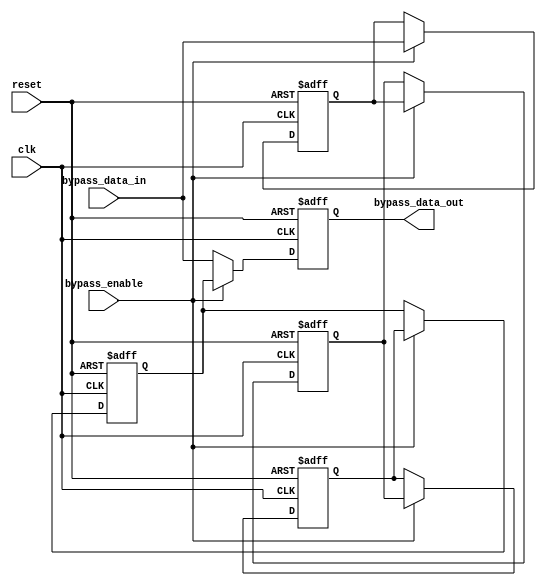
module bypass_register(
    input wire clk,
    input wire reset,
    input wire bypass_enable,
    input wire [7:0] bypass_data_in,
    output reg [7:0] bypass_data_out
);

reg [7:0] reg1;
reg [7:0] reg2;
reg [7:0] reg3;
reg [7:0] reg4;

always @(posedge clk or posedge reset) begin
    if (reset) begin
        reg1 <= 8'b0;
        reg2 <= 8'b0;
        reg3 <= 8'b0;
        reg4 <= 8'b0;
        bypass_data_out <= 8'b0;
    end else begin
        if (bypass_enable) begin
            reg1 <= bypass_data_in;
            reg2 <= reg1;
            reg3 <= reg2;
            reg4 <= reg3;
            bypass_data_out <= reg4;
        end else begin
            bypass_data_out <= bypass_data_in;
        end
    end
end

endmodule